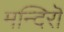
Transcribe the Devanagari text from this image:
मन्दिरॊ